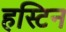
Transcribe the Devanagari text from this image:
हस्टिन